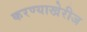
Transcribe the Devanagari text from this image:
करण्याखेरीज